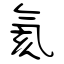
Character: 氦